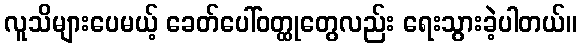
လူသိများပေမယ့် ခေတ်ပေါ်ဝတ္ထုတွေလည်း ရေးသွားခဲ့ပါတယ်။